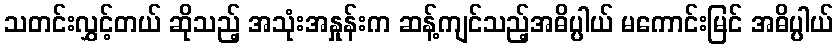
သတင်းလွှင့်တယ် ဆိုသည့် အသုံးအနှုန်းက ဆန့်ကျင်သည့်အဓိပ္ပါယ် မကောင်းမြင် အဓိပ္ပါယ်